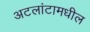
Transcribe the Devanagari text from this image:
अटलांटामधील